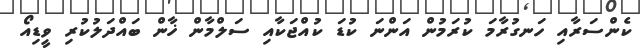
ކެންސަރާއި ހަނގުރާމަ ކުރަމުން އަންނަ ކުޑަ ކުއްޖަކާއި ސަލްމާން ޚާން ބައްދަލުކުރި ވީޑިއޯ